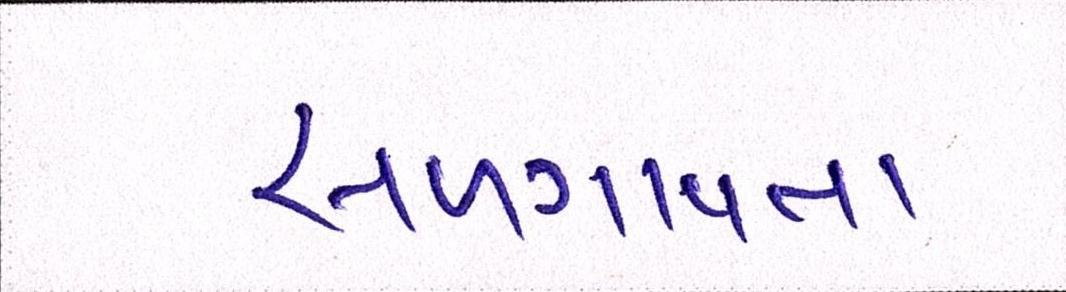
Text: સળગાવતા